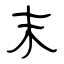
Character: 末